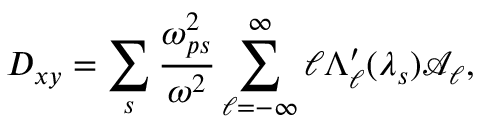
D _ { x y } = \sum _ { s } \frac { \omega _ { p s } ^ { 2 } } { \omega ^ { 2 } } \sum _ { \ell = - \infty } ^ { \infty } \ell \Lambda _ { \ell } ^ { \prime } ( \lambda _ { s } ) \mathcal { A } _ { \ell } ,